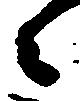
々